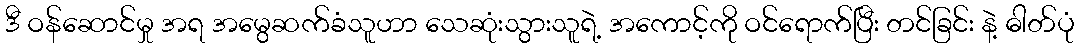
ဒီ ဝန်ဆောင်မှု အရ အမွေဆက်ခံသူဟာ သေဆုံးသွားသူရဲ့ အကောင့်ကို ဝင်ရောက်ပြီး တင်ခြင်း နဲ့ ဓါတ်ပုံ